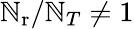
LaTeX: \mathbb{N}_{\mathrm{{r}}}/\mathbb{N}_{T}\neq1